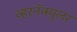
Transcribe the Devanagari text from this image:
व्हरनॅक्युलर